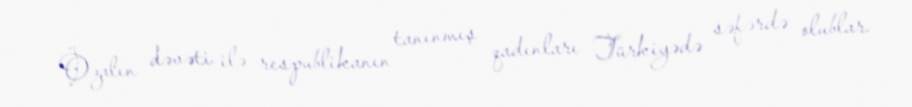
Özalın dəvəti ilə respublikanın tanınmış qadınları Türkiyədə səfərdə olublar.